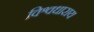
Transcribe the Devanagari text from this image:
विश्वधाराय